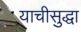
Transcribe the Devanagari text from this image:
याचीसुद्धा